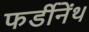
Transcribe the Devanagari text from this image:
फर्डीनेंथ